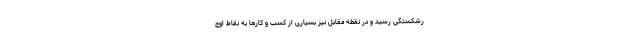
رشکستگی رسید و در نقطه مقابل نیز بسیاری از کسب و کارها به نقاط اوج